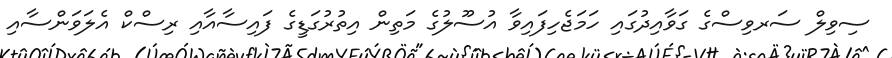
ސިވިލް ސަރވިސްގެ ގަވާއިދުގައި ހަމަޖެހިފައިވާ އުސޫލުގެ މަތިން އިތުރުގަޑީގެ ފައިސާއާއި ރިސްކް އެލަވަންސާއި